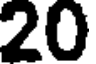
20